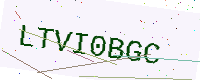
Text: LTVI0BGC